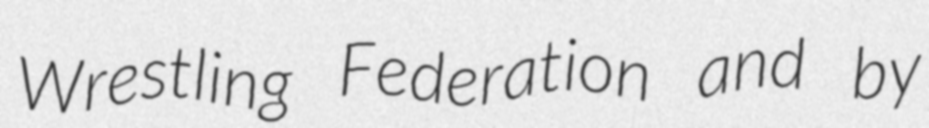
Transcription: Wrestling Federation and by